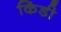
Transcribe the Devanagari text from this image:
किंडी